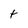
Character: t